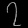
Digit: ၇